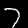
Label: 7